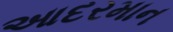
આદરમાન